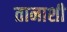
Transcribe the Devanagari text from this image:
तानाशी